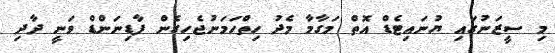
މި ސީޒަނުގައި ޔުނައިޓެޑް އޮތް މަގާމާ މެދު ހިތްހަމަނުޖެހިގެން ފާޑިނަންޑް ވަނީ ދާދި